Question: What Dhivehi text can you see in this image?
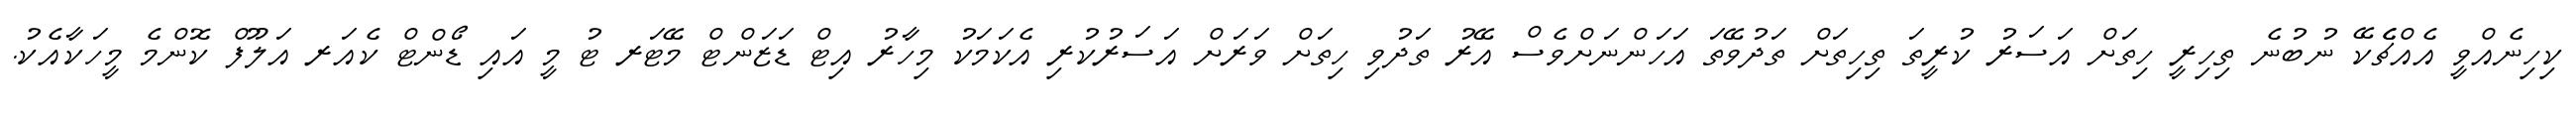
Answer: ކިހިނެއްވީ އެއްޗެެކޭ ނުބުނެ ތިހިރީ ހިތަށް އަސަރު ކުރީތަ ތިހިތަށް ތަދުވޭތަ އަހަންނަށްވެސް އޭރު ތަދުވި ހިތަށް ވަރަށް އަސަރުކުރި އެކަމަކު މިހާރު އިޓް ޑަޒަންޓް މޭޓަރ ޓު މީ އައި ޑޯންޓް ކެއަރ އަލޫފް ކޮންމެ މީހަކާއެކު.